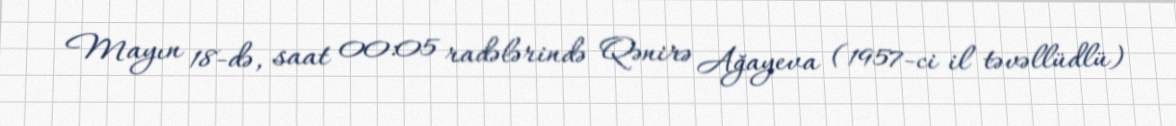
Mayın 18-də, saat 00:05 radələrində Qənirə Ağayeva (1957-ci il təvəllüdlü)